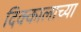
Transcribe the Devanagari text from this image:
दिक्कालाच्या